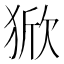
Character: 𰡚